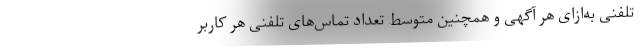
تلفنی به‌ازای هر آگهی و همچنین متوسط تعداد تماس‌های تلفنی هر کاربر